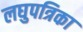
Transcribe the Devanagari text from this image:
लघुपत्रिका